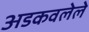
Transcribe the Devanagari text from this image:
अडकवलेले